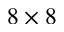
8 \times 8